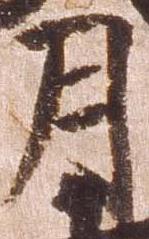
月